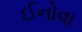
ઈનોવા